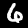
Digit: 6